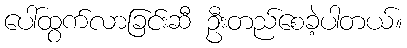
ပေါ်ထွက်လာခြင်းဆီ ဦးတည်စေခဲ့ပါတယ်။